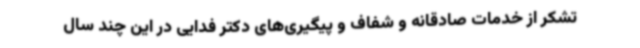
تشکر از خدمات صادقانه و شفاف و پیگیری‌های دکتر فدایی در این چند سال